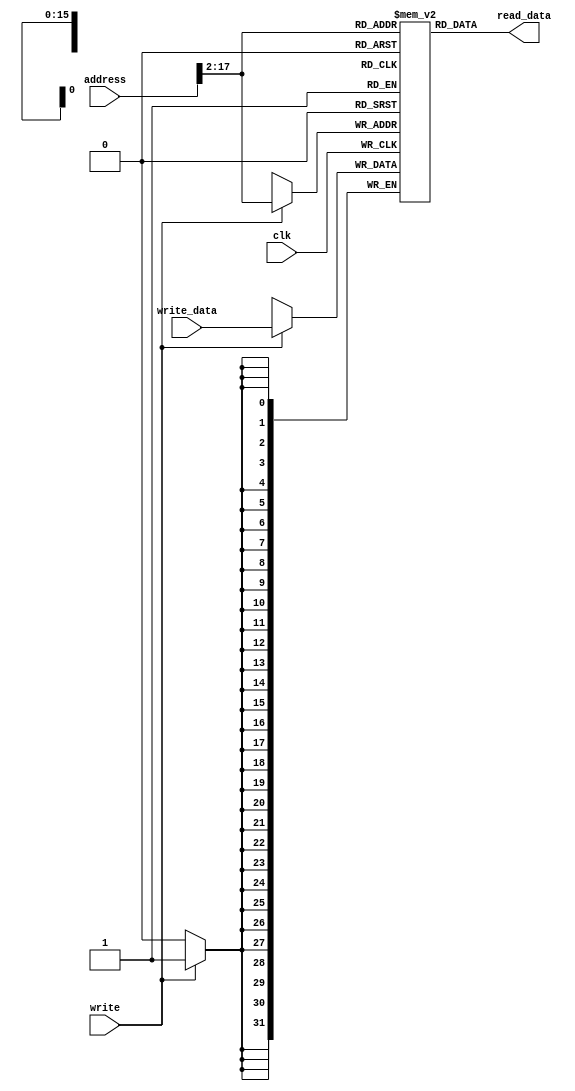

`timescale 1ns/10ps

//==============================================================================

module async_mem(
   input clk,
   input write,
   input [31:0] address,
   input [31:0] write_data,
   output [31:0] read_data
);

	reg [31:0] mem_data [0:(1<<16)-1];

    assign    read_data = mem_data[ address[17:2] ];  // zero delay, address to read data

    always @( posedge clk )
        if ( write )
			mem_data[ address[17:2] ] <= write_data;

endmodule



module reg_file(
	input  clk,
	input  write,
	input  [ 4:0] WR,
	input  [31:0] WD,
	input  [ 4:0] RR1,
	input  [ 4:0] RR2,
	output [31:0] RD1,
	output [31:0] RD2
	);

	reg [31:0] reg_data [0:31];

	assign RD1 = reg_data[RR1];
	assign RD2 = reg_data[RR2];


	always @(posedge clk) begin
		if(write) begin
			reg_data[WR] <= WD;

			`ifdef DEBUG
			if(WR)
				$display("$%0d = %x", WR, WD);
			`endif
		end
		reg_data[0] <= 32'h00000000;
	end

endmodule